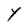
Character: Y